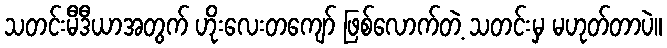
သတင်းမီဒီယာအတွက် ဟိုးလေးတကျော် ဖြစ်လောက်တဲ့ သတင်းမှ မဟုတ်တာပဲ။